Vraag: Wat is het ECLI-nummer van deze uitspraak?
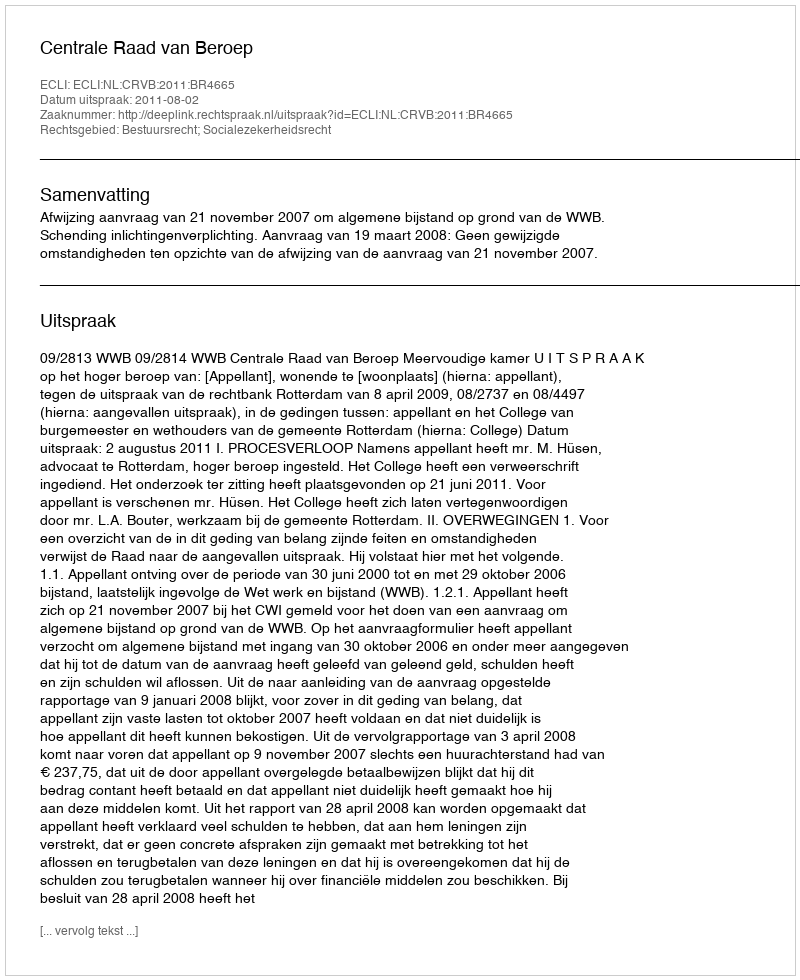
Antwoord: ECLI:NL:CRVB:2011:BR4665